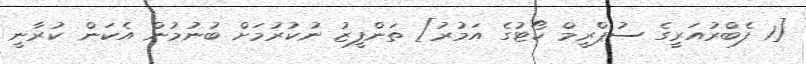
[1 ފެބްރުއަރީގެ ސުޕްރީމް ކޯޓުގެ އަމުރު] ތަންފީޒު ނުކުރުމަށް ބުނުމުން އެކަން ކުރާނީ